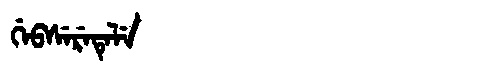
Manchu: ᡤᡝᠪᠰᡝᡵᡝᡨᡝᠯᡝ
Romanization: GEBSERETELE